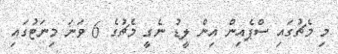
މި މެޗުގައި ސްޕެއިން އިން ލީޑު ނެގީ މެޗުގެ 6 ވަނަ މިނަޓުގައި